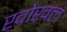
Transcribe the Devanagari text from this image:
खोखल